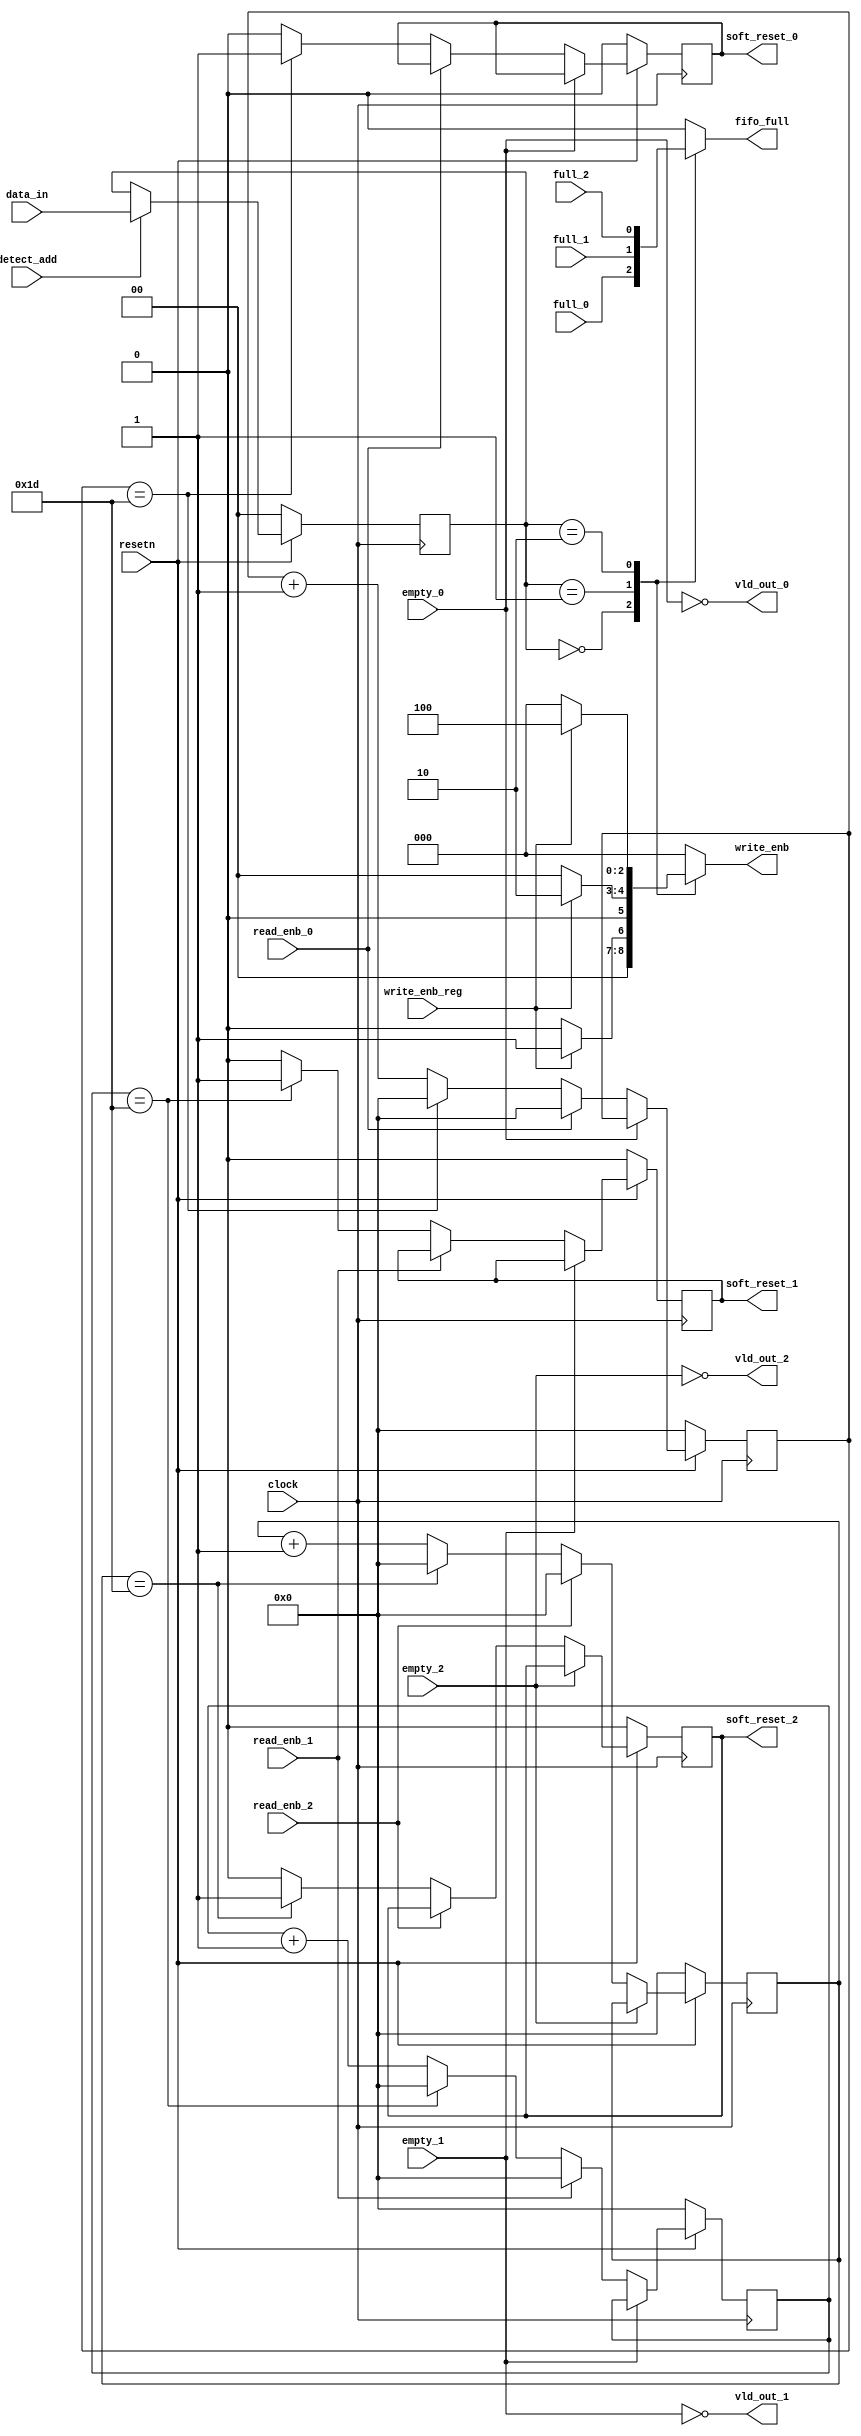
// --------------------------------------------------------------------------------

// Design Name: 
// Module Name: router_sync
// Project Name: 1 x 3 Router Design

// Target Devices: 
// Tool Versions: 
// Description: 
// Dependencies: 
// Revision:
// Revision 0.01 - File Created

// --------------------------------------------------------------------------------

module router_sync ( clock, resetn, data_in, detect_add, full_0, full_1, full_2, empty_0, empty_1, empty_2, write_enb_reg, read_enb_0, read_enb_1, read_enb_2, write_enb, fifo_full, vld_out_0, vld_out_1, vld_out_2, soft_reset_0, soft_reset_1, soft_reset_2 );


input clock, resetn, detect_add, full_0, full_1, full_2, empty_0, empty_1, empty_2, write_enb_reg, read_enb_0, read_enb_1, read_enb_2;
input [1:0]data_in;
output reg[2:0]write_enb;
output reg fifo_full, soft_reset_0, soft_reset_1, soft_reset_2;
output vld_out_0, vld_out_1, vld_out_2;

  reg [1:0] data_in_tmp;
  reg[4:0]count0,count1,count2;
  
  always@(posedge clock)
  begin
    if(~resetn)
    data_in_tmp<=0;
    else if(detect_add)
    data_in_tmp<=data_in;
  end
  
  
  
//-----------Address decoding & fifo empty ---------------
always@(*)
  begin
    case(data_in_tmp)
    2'b00:begin
	  fifo_full<=full_0;
	  if(write_enb_reg)
	  write_enb<=3'b001;
	  else
	  write_enb<=0;
	  end
    2'b01:begin
	  fifo_full<=full_1;
	  if(write_enb_reg)
	  write_enb<=3'b010;
	  else
	  write_enb<=0;
	  end
    2'b10:begin
	  fifo_full<=full_2;
	  if(write_enb_reg)
	  write_enb<=3'b100;
	  else
	  write_enb<=0;
	  end
    default:begin
	  fifo_full<=0;
	  write_enb<=0;
	  end
    endcase
  end
  
  
  
//-----------------------------------Valid Byte block----------------------------------

assign vld_out_0 = (~empty_0);
assign vld_out_1 = (~empty_1);
assign vld_out_2 = (~empty_2);

  
//-----------------------------------Soft Reset block----------------------------------

always@(posedge clock)
  begin
  
  if(~resetn)
  begin
  count0<=0;
  soft_reset_0<=0;
  end

  else if(vld_out_0)
  begin
  if(~read_enb_0)
   
    begin
    if(count0==29)
      begin
      soft_reset_0<=1'b1;
      count0<=0;
      end
    else
      begin
      soft_reset_0<=1'b0;
      count0<=count0+1'b1;
      end
    end
  else
  count0<=0;
  end
  end

always@(posedge clock)
  begin
  
  if(~resetn)
  begin
  count1<=0;
  soft_reset_1<=0;
  end

  else if(vld_out_1)
  begin
  if(~read_enb_1)
   
    begin
    if(count1==29)
      begin
      soft_reset_1<=1'b1;
      count1<=0;
      end
    else
      begin
      soft_reset_1<=1'b0;
      count1<=count1+1'b1;
      end
    end
  else
  count1<=0;
  end
  end

always@(posedge clock)
  begin
  
  if(~resetn)
  begin
  count2<=0;
  soft_reset_2<=0;
  end

  else if(vld_out_2)
  begin
  if(~read_enb_2)
   
    begin
    if(count2==29)
      begin
      soft_reset_2<=1'b1;
      count2<=0;
      end
    else
      begin
      soft_reset_2<=1'b0;
      count2<=count2+1'b1;
      end
    end
  else
  count2<=0;
  end
  end

endmodule